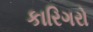
કારિગરો